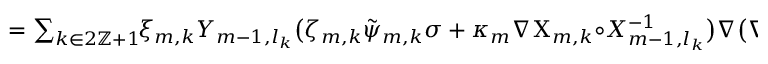
\begin{array} { r l } { \mathrm { ~ } } & { { } = \sum _ { k \in 2 \ensuremath { \mathbb { Z } } + 1 } \! \! \xi _ { m , k } Y _ { m - 1 , l _ { k } } \bigl ( \zeta _ { m , k } \tilde { \psi } _ { m , k } \sigma + \kappa _ { m } \nabla { \Chi } _ { m , k } { \circ } X _ { m - 1 , l _ { k } } ^ { - 1 } \bigr ) \nabla \bigl ( \nabla \bigl ( T _ { m - 1 } { \circ } X _ { m - 1 , l _ { k } } \bigr ) { \circ } X _ { m - 1 , l _ { k } } ^ { - 1 } \bigr ) } \end{array}